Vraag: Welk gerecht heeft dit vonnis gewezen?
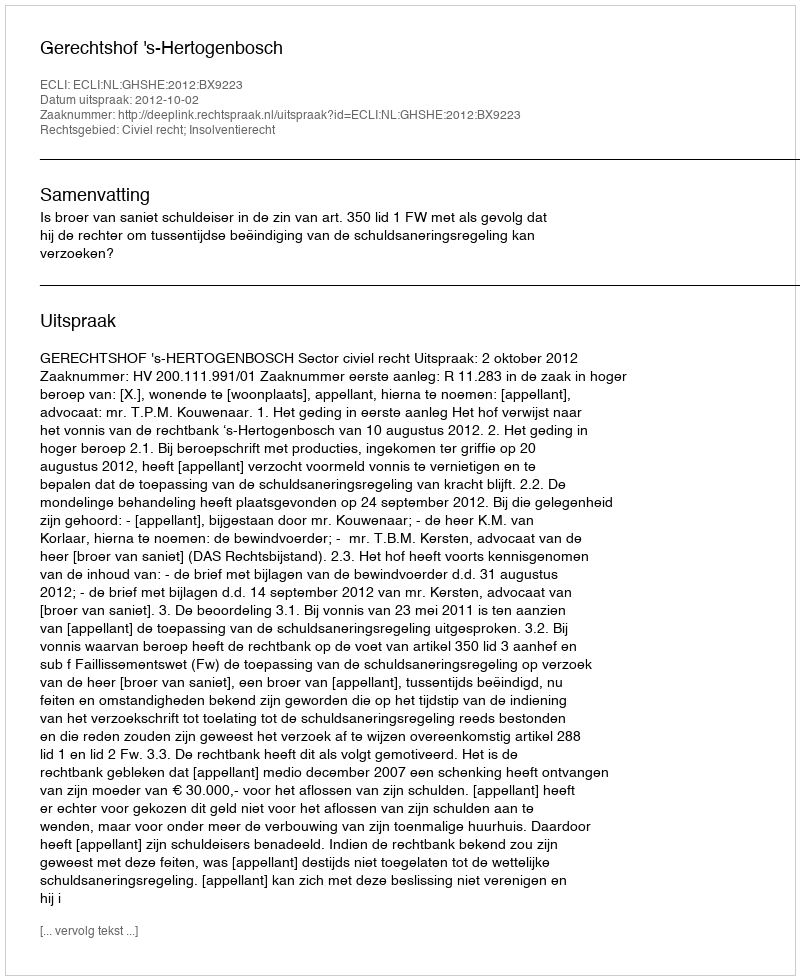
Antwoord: Gerechtshof 's-Hertogenbosch